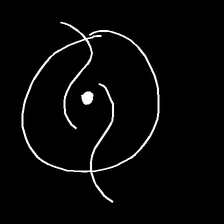
Glyph: repetition